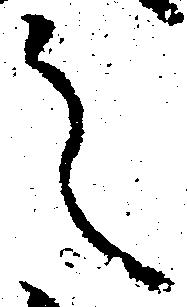
之